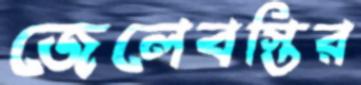
জেলেবস্তির